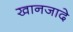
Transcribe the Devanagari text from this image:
खानजादे